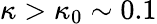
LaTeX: \kappa>\kappa_{0}\sim 0.1